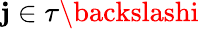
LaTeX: \mathbf{j}\in\tau\backslashi